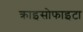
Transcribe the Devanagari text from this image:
क्राइसोफाइटा